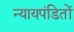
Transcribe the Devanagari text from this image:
न्यायपंडितों